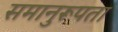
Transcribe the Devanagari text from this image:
समानुरूपता